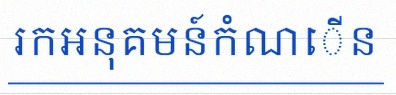
រកអនុគមន៍កំណើន